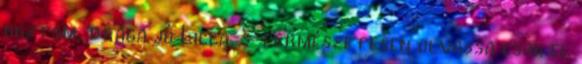
hoztam, drága jó Lilla, s természetesen olvassa csak el